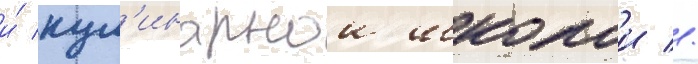
и́ кул'инарнои школои //